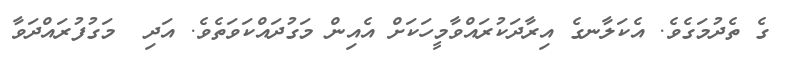
ގެ ތެދުމަގެވެ. އެކަލާނގެ އިރާދަކުރައްވާމީހަކަށް އެއިން މަގުދައްކަވަތެވެ. އަދި  މަގުފުރައްދަވާ